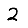
Digit: 2